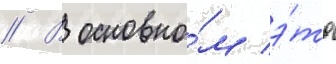
// В основно́м э́то